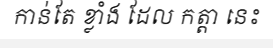
កាន់តែ ខ្លាំង ដែល កត្តា នេះ